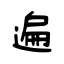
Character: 遍